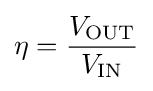
\eta ={\frac {V_{\text{OUT}}}{V_{\text{IN}}}}